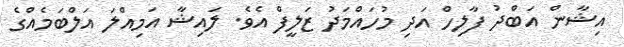
އިޝާން އަބްދު ފާލިހް އަދި މުހައްމަދު ޒަލީފް އެވެ. ލައިޝާ އަމިއްލަ އަލްބަމެއްގެ